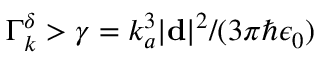
\Gamma _ { k } ^ { \delta } > \gamma = k _ { a } ^ { 3 } | \mathbf { d } | ^ { 2 } / ( 3 \pi \hbar \epsilon _ { 0 } )